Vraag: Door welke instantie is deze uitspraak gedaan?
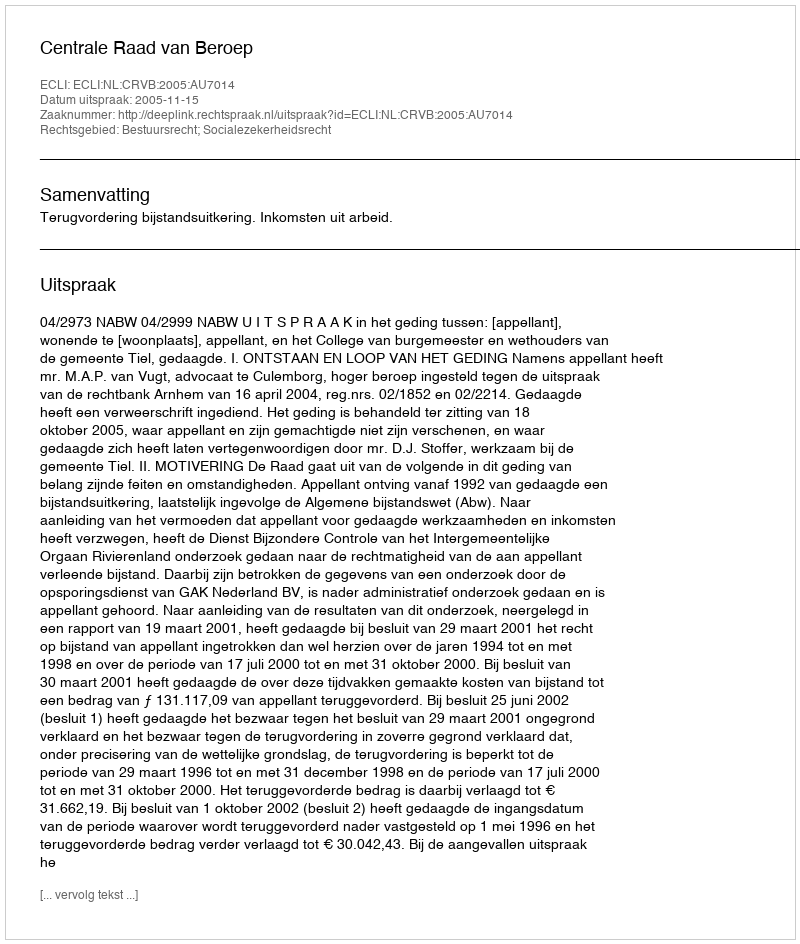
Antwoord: Centrale Raad van Beroep